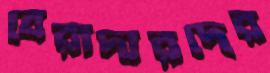
বেরাদারদের